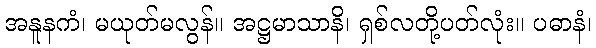
အနူနကံ၊ မယုတ်မလွန်။ အဋ္ဌမာသာနိ၊ ရှစ်လတို့ပတ်လုံး။ ပဓာနံ၊